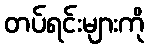
တပ်ရင်းများကို